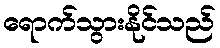
ရောက်သွားနိုင်သည်